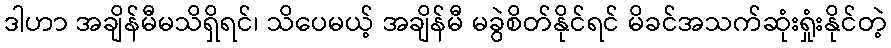
ဒါဟာ အချိန်မီမသိရှိရင်၊ သိပေမယ့် အချိန်မီ မခွဲစိတ်နိုင်ရင် မိခင်အသက်ဆုံးရှုံးနိုင်တဲ့